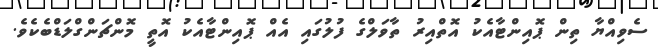
ސެވިއްޔާ ތިން ޕޮއިންޓާއެކު އޮތްއިރު ތާވަލްގެ ފުލުގައި އެއް ޕޮއިންޓާއެކު އޮތީ މޮންޗަންގްލަޑްބެކެެވެ.